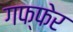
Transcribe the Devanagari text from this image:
गफ्फेर